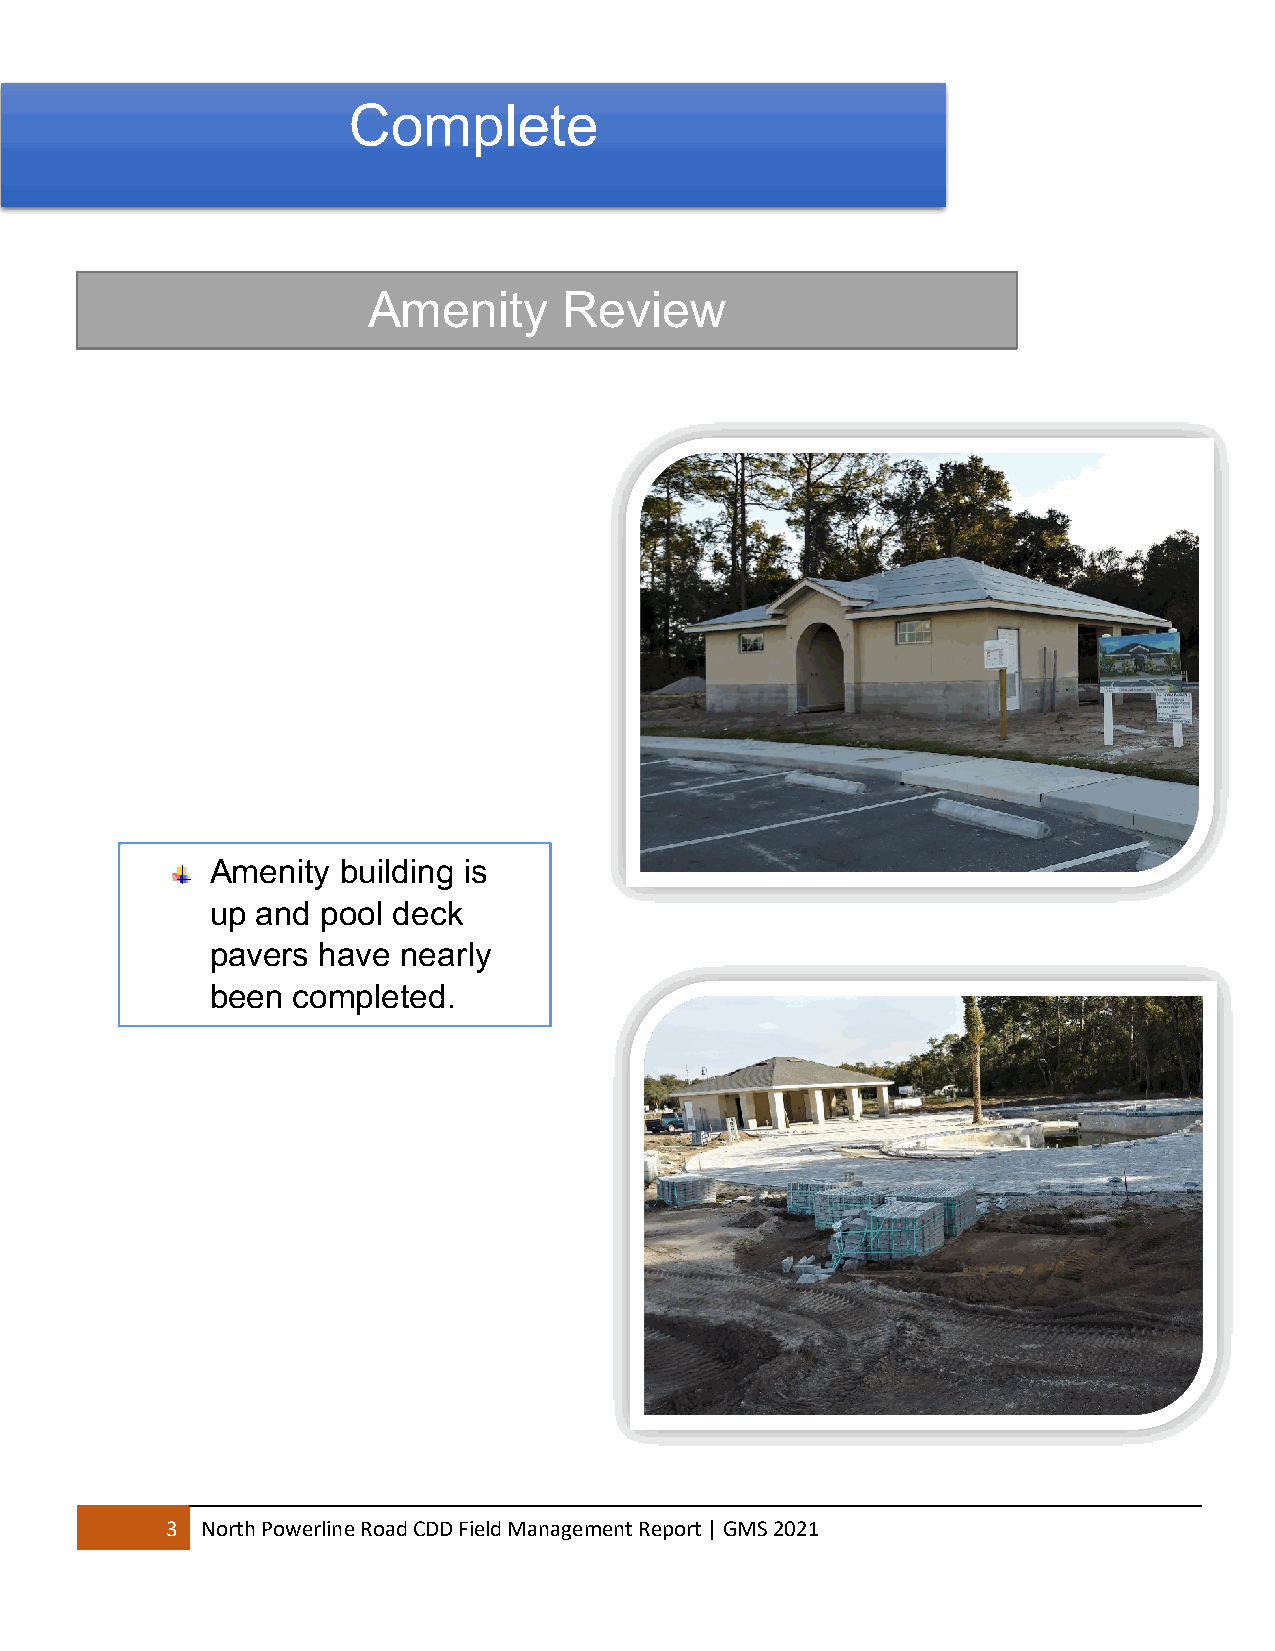
Complete
 LaAnmdesncaityp eR Reveiveiwew
 Amenity building is
 up and pool deck
 pavers have  nearly
 been completed.
 3 North Powerline Road CDD Field Management Report | GMS 2021